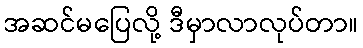
အဆင်မပြေလို့ ဒီမှာလာလုပ်တာ။